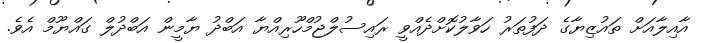
އާއިލާއަށް ތައުޒިޔާގެ ދަފުތަރު ހަވާލުކޮށްދެއްވީ ރައިސުލްޖުމްހޫރިއްޔާ އަބްދު ޔާމީން އަބްދުލް ގައްޔޫމް އެވެ.